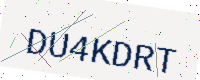
Text: DU4KDRT